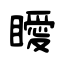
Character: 瞹